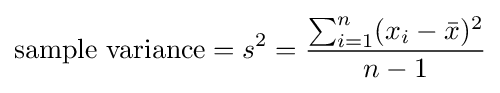
{\text{sample variance}}=s^{2}={\dfrac {\sum _{i=1}^{n}(x_{i}-{\bar {x}})^{2}}{n-1}}